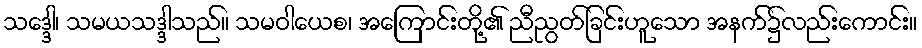
သဒ္ဒေါ၊ သမယသဒ္ဒါသည်။ သမဝါယေစ၊ အကြောင်းတို့၏ ညီညွတ်ခြင်းဟူသော အနက်၌လည်းကောင်း။